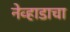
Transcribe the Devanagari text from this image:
नेव्हाडाचा